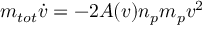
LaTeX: m _ { t o t } { \dot { v } } = - 2 A ( v ) n _ { p } m _ { p } v ^ { 2 }